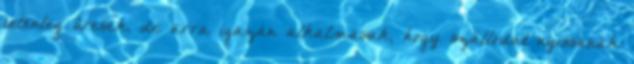
jelenleg üresek, de arra igazán alkalmasak, hogy szállodát nyissanak